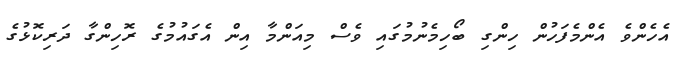
އެހެންވެ އެންމެފަހުން ހިންގި ބޯހިމެނުމުގައި ވެސް މިއަންމާ އިން އެގައުމުގެ ރޮހިންގާ ދަރިކޮޅުގެ